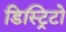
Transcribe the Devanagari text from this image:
डिस्ट्रिटो